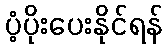
ပံ့ပိုးပေးနိုင်ရန်